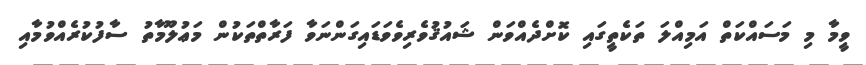
ވީމާ މި މަސައްކަތް އަމިއްލަ ތަކެތީގައި ކޮށްދެއްވަން ޝައުޤުވެރިވެވަޑައިގަންނަވާ ފަރާތްތަކުން މަޢުލޫމާތު ސާފުކުރެއްވުމާއި